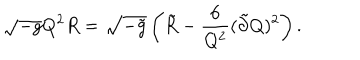
\sqrt { - g } Q ^ { 2 } R = \sqrt { - \tilde { g } } \left( \tilde { R } - \frac { 6 } { Q ^ { 2 } } ( \tilde { \partial } Q ) ^ { 2 } \right) .